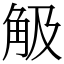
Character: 觙